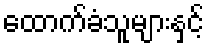
ထောက်ခံသူများနှင့်